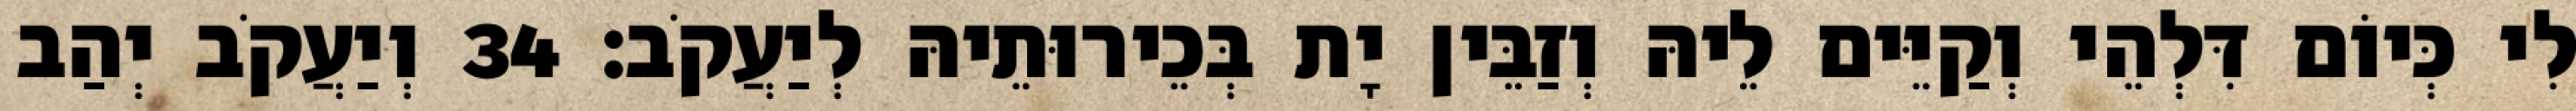
לִי כְּיוֹם דִּלְהֵי וְקַיֵּים לֵיהּ וְזַבֵּין יָת בְּכֵירוּתֵיהּ לְיַעֲקֹב׃ 34 וְיַעֲקֹב יְהַב